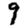
Digit: 9